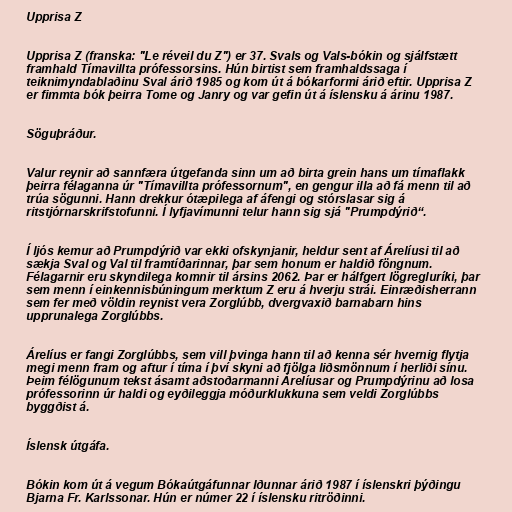
Upprisa Z

Upprisa Z (franska: "Le réveil du Z") er 37. Svals og Vals-bókin og sjálfstætt
framhald Tímavillta prófessorsins. Hún birtist sem framhaldssaga í
teiknimyndablaðinu Sval árið 1985 og kom út á bókarformi árið eftir. Upprisa Z
er fimmta bók þeirra Tome og Janry og var gefin út á íslensku á árinu 1987.

Söguþráður.

Valur reynir að sannfæra útgefanda sinn um að birta grein hans um tímaflakk
þeirra félaganna úr "Tímavillta prófessornum", en gengur illa að fá menn til að
trúa sögunni. Hann drekkur ótæpilega af áfengi og stórslasar sig á
ritstjórnarskrifstofunni. Í lyfjavímunni telur hann sig sjá "Prumpdýrið“.

Í ljós kemur að Prumpdýrið var ekki ofskynjanir, heldur sent af Árelíusi til að
sækja Sval og Val til framtíðarinnar, þar sem honum er haldið föngnum.
Félagarnir eru skyndilega komnir til ársins 2062. Þar er hálfgert lögregluríki, þar
sem menn í einkennisbúningum merktum Z eru á hverju strái. Einræðisherrann
sem fer með völdin reynist vera Zorglúbb, dvergvaxið barnabarn hins
upprunalega Zorglúbbs.

Árelíus er fangi Zorglúbbs, sem vill þvinga hann til að kenna sér hvernig flytja
megi menn fram og aftur í tíma í því skyni að fjölga liðsmönnum í herliði sínu.
Þeim félögunum tekst ásamt aðstoðarmanni Árelíusar og Prumpdýrinu að losa
prófessorinn úr haldi og eyðileggja móðurklukkuna sem veldi Zorglúbbs
byggðist á.

Íslensk útgáfa.

Bókin kom út á vegum Bókaútgáfunnar Iðunnar árið 1987 í íslenskri þýðingu
Bjarna Fr. Karlssonar. Hún er númer 22 í íslensku ritröðinni.